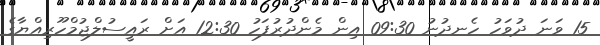
15 ވަނަ ދުވަހު ހެނދުނު 09:30 އިން މެންދުރުފަހު 12:30 އަށް ރައީސުލްޖުމްހޫރިއްޔާގެ